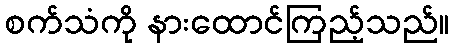
စက်သံကို နားထောင်ကြည့်သည်။